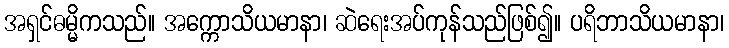
အရှင်ဓမ္မိကသည်။ အက္ကောသိယမာနာ၊ ဆဲရေးအပ်ကုန်သည်ဖြစ်၍။ ပရိဘာသိယမာနာ၊